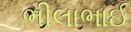
ભીલાભાઈ